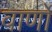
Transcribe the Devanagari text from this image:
वार्णो